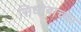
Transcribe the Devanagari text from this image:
सिधोबाच्या